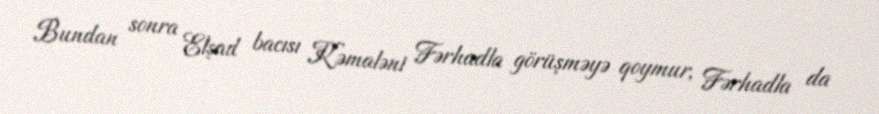
Bundan sonra Elşad bacısı Kəmaləni Fərhadla görüşməyə qoymur, Fərhadla da